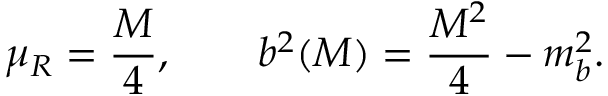
\mu _ { R } = \frac { M } { 4 } , \qquad b ^ { 2 } ( M ) = \frac { M ^ { 2 } } { 4 } - m _ { b } ^ { 2 } .